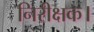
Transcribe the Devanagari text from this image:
निरीक्षक।